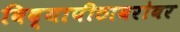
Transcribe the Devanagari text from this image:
विद्यापीठाबरोबर